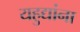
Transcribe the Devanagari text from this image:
यहुद्यांना